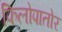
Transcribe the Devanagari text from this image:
फिलोपातोर